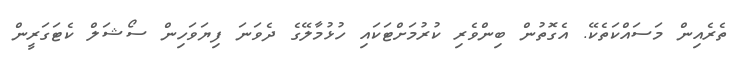
ތެރެއިން މަސައްކަތެކޭ. އެގޮތުން ބިންވެރި ކުރުމަށްޓަކައި ހުޅުމާލޭގެ ދެވަނަ ފިޔަވަހިން ސޯޝަލް ކެޓަގަރީން